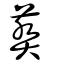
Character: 葬